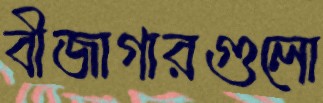
বীজাগারগুলো